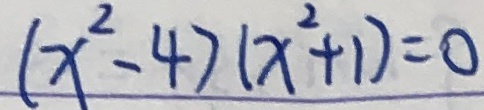
( x ^ { 2 } - 4 ) ( x ^ { 2 } + 1 ) = 0